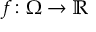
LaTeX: f \colon \Omega \to \mathbb { R }